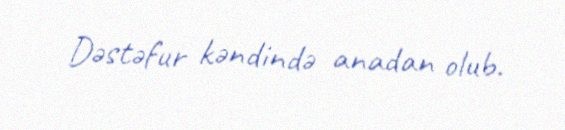
Dəstəfur kəndində anadan olub.